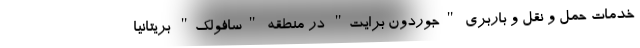
خدمات حمل و نقل و باربری "جوردون برایت" در منطقه "سافولک" بریتانیا